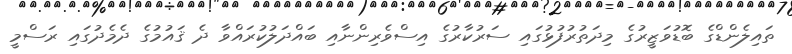
ތައިލެންޑްގެ ބޮޑުވަޒީރުގެ މިދަތުރުފުޅުގައި ސަރުކާރުގެ އިސްވެރިންނާއި ބައްދަލުކުރައްވާ ދެ ޤައުމުގެ ދެމެދުގައި ރަސްމީ